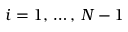
i = 1 , \, \dots , \, N - 1